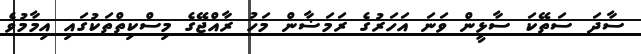
ސާދަ ސަތޭކަ ސާޅީން ވަނަ އަހަރުގެ ރަމަޟާން މަހު ރާއްޖޭގެ މިސްކިތްތަކުގައި އިމާމުވެ